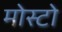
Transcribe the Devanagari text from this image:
मोस्टो